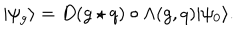
LaTeX: | \psi _ { g } \rangle = D ( g \star q ) \circ \Lambda ( g , q ) | \psi _ { 0 } \rangle .